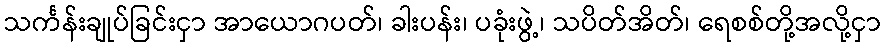
သင်္ကန်းချုပ်ခြင်းငှာ အာယောဂပတ်၊ ခါးပန်း၊ ပခုံးဖွဲ့၊ သပိတ်အိတ်၊ ရေစစ်တို့အလို့ငှာ